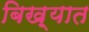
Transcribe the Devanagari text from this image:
बिख़्यात